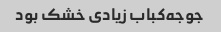
جوجه‌کباب زیادی خشک بود